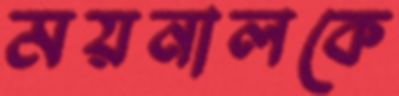
ময়নালকে